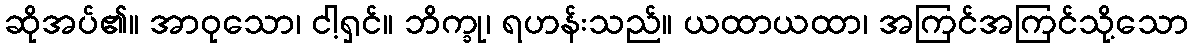
ဆိုအပ်၏။ အာဝုသော၊ ငါ့ရှင်။ ဘိက္ခု၊ ရဟန်းသည်။ ယထာယထာ၊ အကြင်အကြင်သို့သော